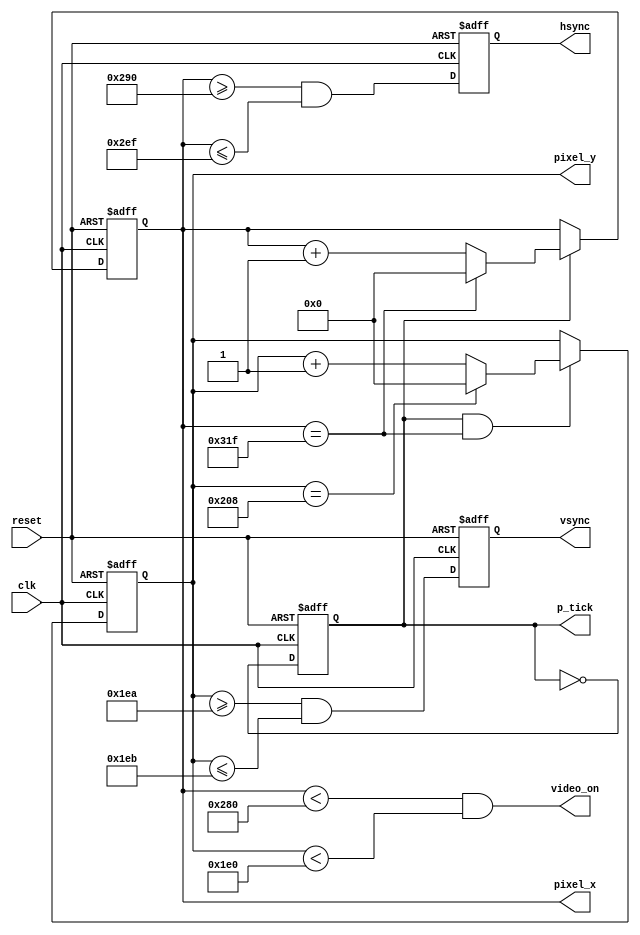
`timescale 1ns / 1ps
//////////////////////////////////////////////////////////////////////////////////
// Company: 
// Engineer: 
// 
// Design Name: 
// Module Name: VGA_Sync
// Project Name: 
// Target Devices: 
// Tool Versions: 
// Description: 
// 
// Dependencies: 
// 
// Revision:
// Revision 0.01 - File Created
// Additional Comments:
// 
//////////////////////////////////////////////////////////////////////////////////

// declaracion de modulo VGA_Sync y variables de entrada y salida del bloque sincronizador
module VGA_Sync(
    input wire clk, reset,
    output wire hsync, vsync, video_on, p_tick,
    output wire [9:0] pixel_x, pixel_y
   );


//declaracion de constantes, parametros de la pantalla 640x480
   localparam HD = 640; // horizontal display area
   localparam HF = 48 ; // h. front (left) border
   localparam HB = 16 ; // h. back (right) border
   localparam HR = 96 ; // h. retrace
   localparam VD = 480; // vertical display area
   localparam VF = 29;  // v. front (top) border
   localparam VB = 10;  // v. back (bottom) border
   localparam VR = 2;   // v. retrace

//mod2_contador
   reg mod2_reg;
   wire mod2_sig;

//contadores del sincronizador ( estado presente y futuro auxiliares)
   reg [9:0] h_cont_reg, h_cont_sig;
   reg [9:0] v_cont_reg, v_cont_sig;
 
//salidas del buffer            elimina los fallos porque permite un retraso en la seal de reloj
   reg v_sync_reg, h_sync_reg;
   wire v_sync_sig, h_sync_sig;
  
//estado de la seal
   wire h_end, v_end, pixel_tick; // h_end, v_end: indican que ya se completo el scaneo

//registros
   always @(posedge clk, posedge reset)
      if (reset)
         begin
            mod2_reg <= 1'b0;
            v_cont_reg <= 0;
            h_cont_reg <= 0;
            v_sync_reg <= 1'b0;
            h_sync_reg <= 1'b0;
         end
      else
         begin
            mod2_reg <= mod2_sig;
            v_cont_reg <= v_cont_sig;
            h_cont_reg <= h_cont_sig;
            v_sync_reg <= v_sync_sig;
            h_sync_reg <= h_sync_sig;
         end

//mod2 circuito generador de frecuencia 25MHz
   assign mod2_sig = ~mod2_reg;
   assign pixel_tick = mod2_reg;
    
//final de contador horizontal (bit 799)
   assign h_end = (h_cont_reg==(HD+HF+HB+HR-1));

//final de contador vertical (524)
   assign v_end = (v_cont_reg==(VD+VF+VB+VR-1));

//seales de reloj 
//siguiente estado logico de mod_800 contador de sincronizador horizontal
   always @*
      if (pixel_tick)  // pulso de 25 MHz 
         if (h_end)
            h_cont_sig = 0;
         else
            h_cont_sig = h_cont_reg + 1;
      else
         h_cont_sig = h_cont_reg;


//Siguiente estado logico de mod_525 contador de sincronizador vertical
   always @*
      if (pixel_tick & h_end)
         if (v_end)
            v_cont_sig = 0;
         else
            v_cont_sig = v_cont_reg + 1;
      else
         v_cont_sig = v_cont_reg;

// eliminador glitch para vsync y hsync
// 656 y 751 horizontal
   assign h_sync_sig = (h_cont_reg>=(HD+HB) && h_cont_reg<=(HD+HB+HR-1));

//v_h_sync_sig 490-491
   assign v_sync_sig = (v_cont_reg>=(VD+VB) && v_cont_reg<=(VD+VB+VR-1));

// video on/off
   assign video_on = (h_cont_reg<HD) && (v_cont_reg<VD);

//Salidas del sistema sincronizador
   assign hsync = h_sync_reg;
   assign vsync = v_sync_reg;
   assign pixel_x = h_cont_reg;
   assign pixel_y = v_cont_reg;
   assign p_tick = pixel_tick;

endmodule